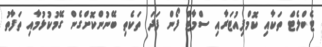
ޓެބްލެޓް ތަކާއި ކޮމްޕިއުޓަރާއި ސްމާޓް ފޯން ފަދަ ތަކެތި ބޭނުންކޮށްގެން ގޭމުކުޅުމާއި ތަފާތު